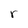
Character: r